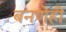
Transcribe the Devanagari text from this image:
बनणेही